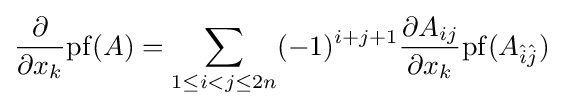
{\frac {\partial }{\partial x_{k}}}{\operatorname {pf} (A)}=\sum _{1\leq i<j\leq 2n}(-1)^{i+j+1}{\frac {\partial A_{ij}}{\partial x_{k}}}{\operatorname {pf} (A_{{\hat {i}}{\hat {j}}})}